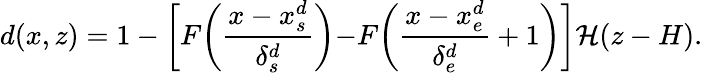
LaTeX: d(x,z)=1-\biggl[F\biggl(\frac{x-x_{s}^{d}}{\delta_{s}^{d}}\biggl)-F\biggl(\frac{x-x_{e}^{d}}{\delta_{e}^{d}}+1\biggl)\biggl]\mathcal{H}(z-H).